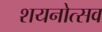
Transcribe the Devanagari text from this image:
शयनोत्सव